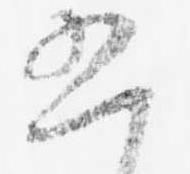
五